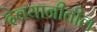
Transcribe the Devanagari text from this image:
देवयानीतील